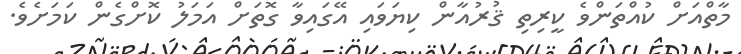
މާތްއަށް ކުއްތަންވެ ކީރިތި ޤުރުއާން ކިޔަވައި އޭގައިވާ ގޮތަށް އަމަލު ކޮށްގެން ކަމަށެވެ.